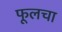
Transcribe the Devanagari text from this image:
फूलचा